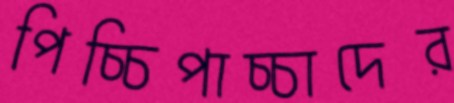
পিচ্চিপাচ্চাদের